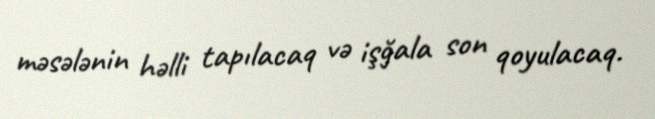
məsələnin həlli tapılacaq və işğala son qoyulacaq.